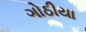
ગોઠીયા